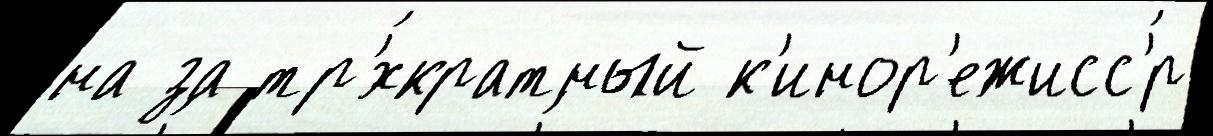
на за тр'́хкратный к'инор'ежисс'́р